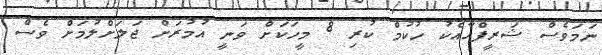
ނަމަވެސް ޝަރީފްއާއެކު ހުކުމް ކުރި 8 މީހަކަށް ވަނީ އުމުރަށް ޖަލަށްލުމަށް ވެސް